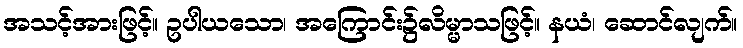
အသင့်အားဖြင့်။ ဥပါယသော၊ အကြောင်း၌လိမ္မာသဖြင့်။ နယံ၊ ဆောင်လျက်။